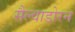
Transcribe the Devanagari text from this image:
सैल्वाडोरन